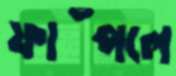
ফাঁপলে